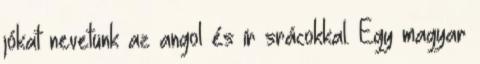
jókat nevetünk az angol és ír srácokkal. Egy magyar